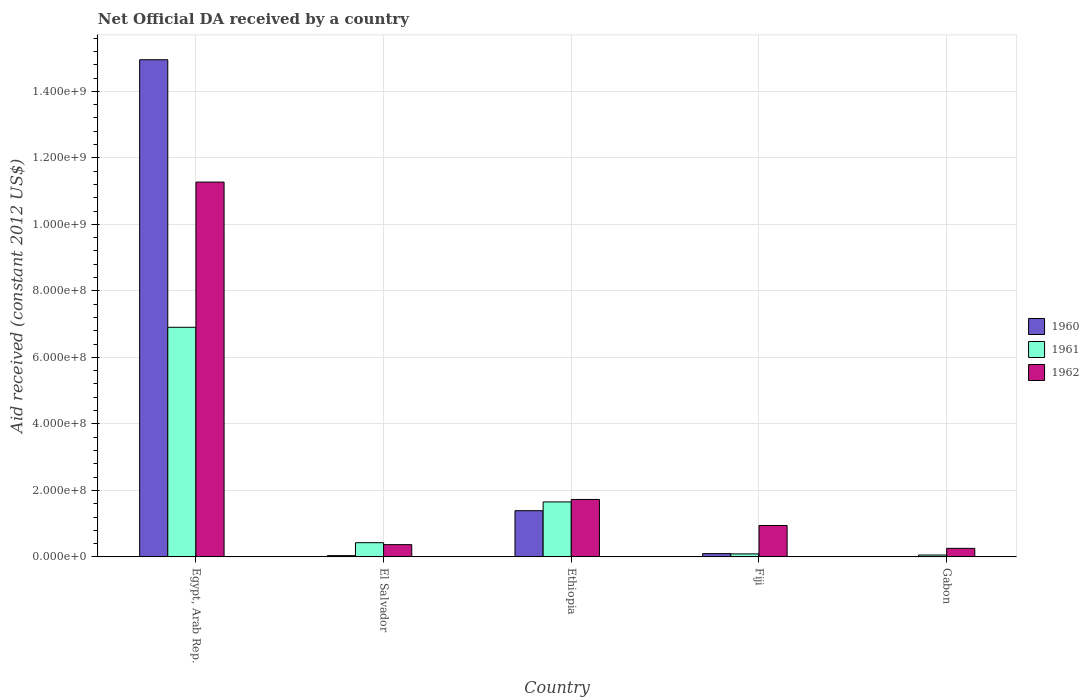
| Country | 1960 | 1961 | 1962 |
 | --- | --- | --- | --- |
 | Egypt, Arab Rep. | 1.5e+09 | 6.91e+08 | 1.13e+09 |
 | El Salvador | 3.89e+06 | 4.28e+07 | 3.69e+07 |
 | Ethiopia | 1.39e+08 | 1.65e+08 | 1.73e+08 |
 | Fiji | 1e+07 | 9.09e+06 | 9.46e+07 |
 | Gabon | 1.9e+05 | 5.73e+06 | 2.58e+07 |